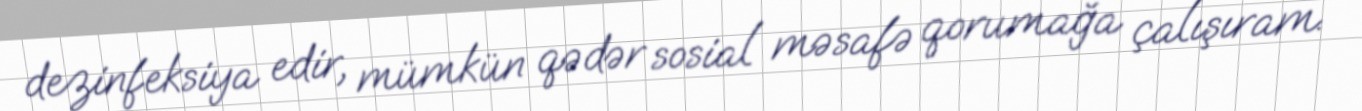
dezinfeksiya edir, mümkün qədər sosial məsafə qorumağa çalışıram.